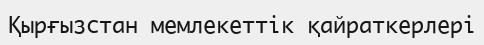
Қырғызстан мемлекеттік қайраткерлері